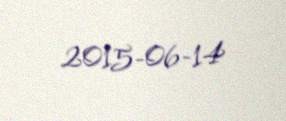
2015-06-14